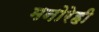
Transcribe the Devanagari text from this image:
मनोरेही